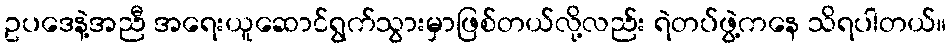
ဥပဒေနဲ့အညီ အရေးယူဆောင်ရွက်သွားမှာဖြစ်တယ်လို့လည်း ရဲတပ်ဖွဲ့ကနေ သိရပါတယ်။